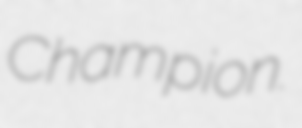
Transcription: Champion.